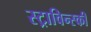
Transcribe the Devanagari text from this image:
स्ट्राविन्स्की